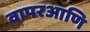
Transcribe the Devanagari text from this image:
वापरआणि